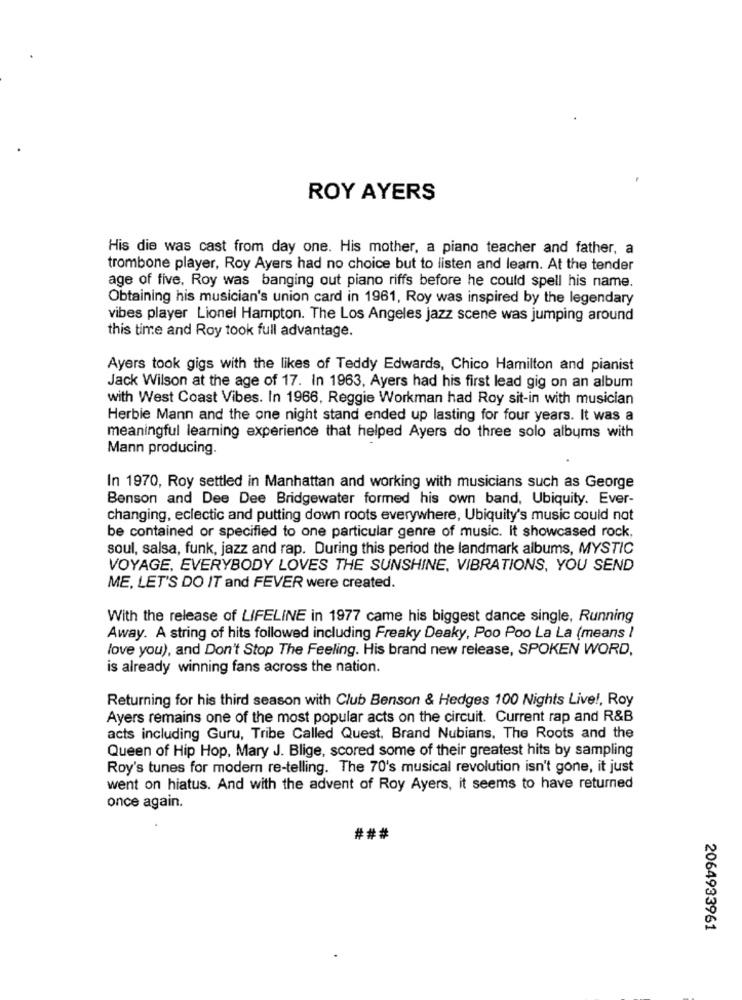
ROY AYERS
His die was cast from day one. His mother, a piano teacher and father, a
trombone player, Roy Ayers had no choice but to listen and learn. At the tender
age of five. Roy was banging out piano riffs before he could spell his name.
Obtaining his musician's union card in 1961, Roy was inspired by the legendary
vibes player Lionel Hampton. The Los Angeles jazz scene was jumping around
this time and Roy took full advantage.
Ayers took gigs with the likes of Teddy Edwards, Chico Hamilton and pianist
Jack Wilson at the age of 17. In 1963, Ayers had his first lead gig on an album
with West Coast Vibes. In 1966, Reggie Workman had Roy sit-in with musician
Herbie Mann and the one night stand ended up lasting for four years. It was a
meaningful learning experience that helped Ayers do three solo albums with
Mann producing.
In 1970, Roy settled in Manhattan and working with musicians such as George
Benson and Dee Dee Bridgewater formed his own band, Ubiquity. Ever-
changing, eclectic and putting down roots everywhere, Ubiquity's music could not
be contained or specified to one particular genre of music. It showcased rock.
soul, salsa, funk, jazz and rap. During this period the landmark albums, MYSTIC
VOYAGE, EVERYBODY LOVES THE SUNSHINE, VIBRATIONS, YOU SEND
ME, LET'S DO IT and FEVER were created.
With the release of LIFELINE in 1977 came his biggest dance single, Running
Away. A string of hits followed including Freaky Deaky, Poo Poo La La (means !
love you), and Don't Stop The Feeling. His brand new release, SPOKEN WORD,
is already winning fans across the nation.
Returning for his third season with Club Benson & Hedges 100 Nights Live !, Roy
Ayers remains one of the most popular acts on the circuit. Current rap and R&B
acts including Guru, Tribe Called Quest, Brand Nubians. The Roots and the
Queen of Hip Hop, Mary J. Blige, scored some of their greatest hits by sampling
Roy's tunes for modern re-telling. The 70's musical revolution isn't gone, it just
went on hiatus. And with the advent of Roy Ayers, it seems to have returned
once again.
###
2064933961